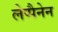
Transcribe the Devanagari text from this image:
लेप्पैनेन